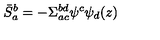
\bar { S } _ { a } ^ { b } = - \Sigma _ { a c } ^ { b d } \psi ^ { c } \psi _ { d } ( z )